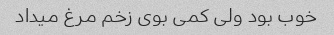
خوب بود ولی کمی بوی زخم مرغ میداد